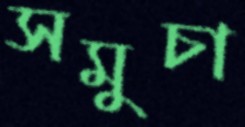
সমুচা